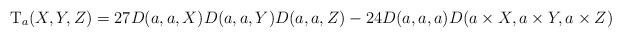
LaTeX: \begin{align*}\mathrm{T}_a(X,Y,Z)= 27D(a,a,X)D(a,a,Y)D(a,a,Z) - 24D(a,a,a)D(a\times X,a\times Y,a\times Z) \end{align*}